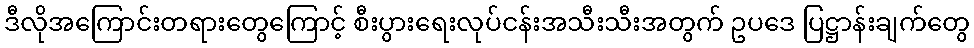
ဒီလိုအကြောင်းတရားတွေကြောင့် စီးပွားရေးလုပ်ငန်းအသီးသီးအတွက် ဥပဒေ ပြဋ္ဌာန်းချက်တွေ